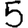
Digit: 5